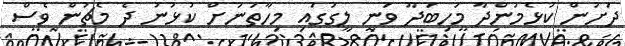
ދަށުން ކުޅެމުންދާ މަހިބަދޫ ވަނީ ލީގުގައި މިހާތަނަށް ކުޅުނު ދެ މެޗުން ވެސް